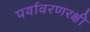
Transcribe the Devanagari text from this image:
पर्यावरणरक्षी